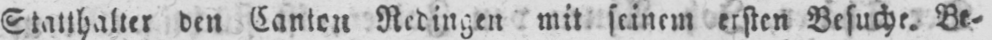
Statthalter den Canten Redingen mit seinem ersten Besuche. Be⸗